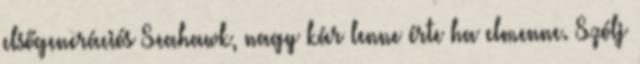
elsőgenerációs Seahawk, nagy kár lenne érte ha elmenne. Szólj